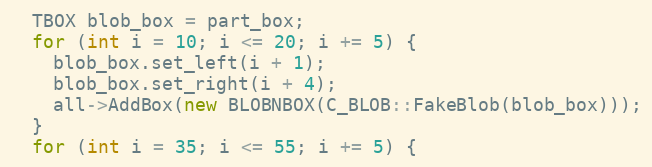
Language: C++
  TBOX blob_box = part_box;
  for (int i = 10; i <= 20; i += 5) {
    blob_box.set_left(i + 1);
    blob_box.set_right(i + 4);
    all->AddBox(new BLOBNBOX(C_BLOB::FakeBlob(blob_box)));
  }
  for (int i = 35; i <= 55; i += 5) {